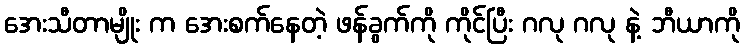
အေးသီတာမျိုး က အေးစက်နေတဲ့ ဖန်ခွက်ကို ကိုင်ပြီး ဂလု ဂလု နဲ့ ဘီယာကို